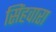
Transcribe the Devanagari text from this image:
सिंहवारा